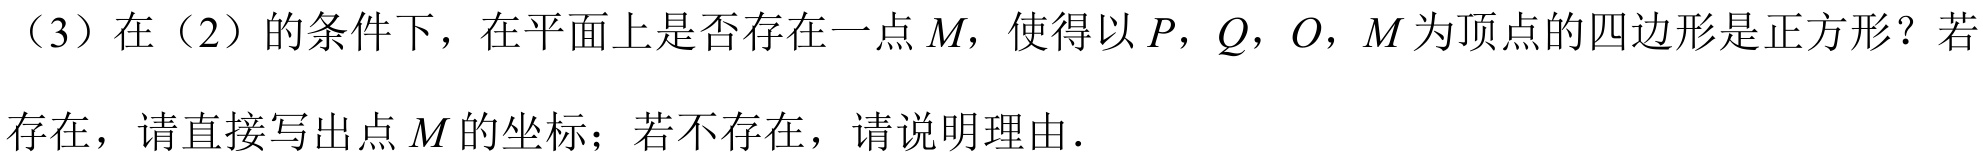
（3）在（2）的条件下，在平面上是否存在一点\(M\)，使得以\(P,Q,O,M\)为顶点的四边形是正方形？若存在，请直接写出点\(M\)的坐标；若不存在，请说明理由.